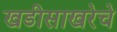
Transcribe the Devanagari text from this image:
खडीसाखरेचे